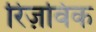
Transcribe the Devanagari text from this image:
रिज़विक